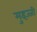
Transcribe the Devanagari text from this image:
मुइज्जी